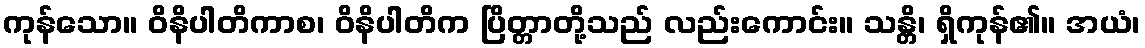
ကုန်သော။ ဝိနိပါတိကာစ၊ ဝိနိပါတိက ပြိတ္တာတို့သည် လည်းကောင်း။ သန္တိ၊ ရှိကုန်၏။ အယံ၊